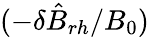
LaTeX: (-\delta\hat{B}_{rh}/B_{0})